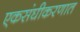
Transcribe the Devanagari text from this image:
एकसंघीकरणात